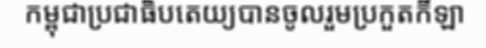
កម្ពុជាប្រជាធិបតេយ្យបានចូលរួមប្រកួតកីឡា